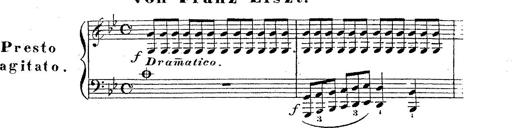
Title: 12 Lieder von Franz Schubert
Composer: Franz Liszt